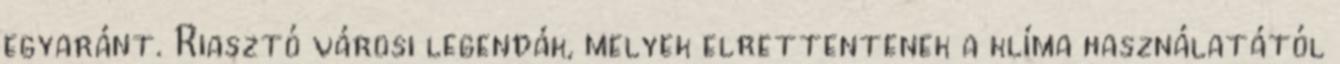
egyaránt. Riasztó városi legendák, melyek elrettentenek a klíma használatától